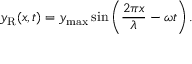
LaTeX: y _ { \mathrm { R } } ( x , t ) = y _ { \mathrm { m a x } } \sin \left( { \frac { 2 \pi x } { \lambda } } - \omega t \right) .